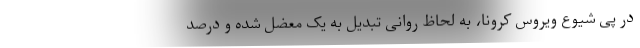
در پی شیوع ویروس کرونا، به لحاظ روانی تبدیل به یک معضل شده و درصد